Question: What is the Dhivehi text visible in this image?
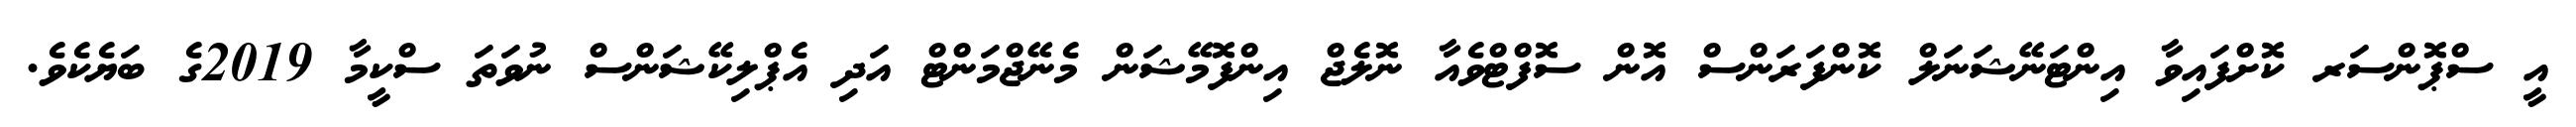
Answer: އީ ސްޕޮންސަރ ކޮށްފައިވާ އިންޓަނޭޝަނަލް ކޮންފަރަންސް އޮން ސޮފްޓްވެއާ ނޮލެޖް އިންފޮމޭޝަން މެނޭޖްމަންޓް އަދި އެޕްލިކޭޝަންސް ނުވަތަ ސްކީމާ 2019ގެ ބަޔެކެވެ.